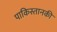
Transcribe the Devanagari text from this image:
पाकिस्तानकी